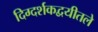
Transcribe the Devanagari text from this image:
दिग्दर्शकद्वयीतले